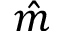
\hat { m }